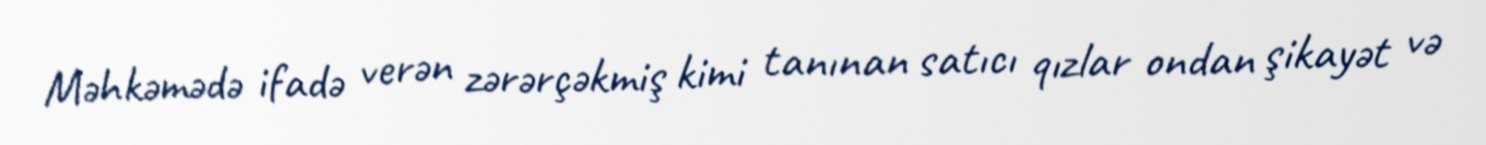
Məhkəmədə ifadə verən zərərçəkmiş kimi tanınan satıcı qızlar ondan şikayət və